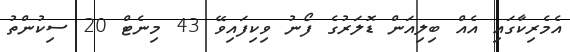
އެމެރިކާގައި އެއް ބިލިއަން ޑޮލަރުގެ ފޯނު ވިކިފައިވޭ 43 މިނެޓް 20 ސިކުންތު